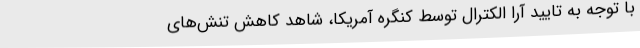
با توجه به تایید آرا الکترال توسط کنگره آمریکا، شاهد کاهش تنش‌های